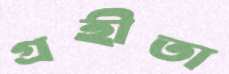
গ্রহীতা